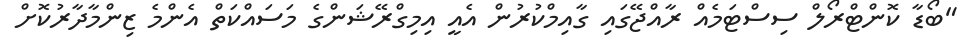
"ބޯޑާ ކޮންޓްރޯލް ސިސްޓަމެއް ރާއްޖޭގައި ގާއިމްކުރުން އެއީ އިމިގްރޭޝަންގެ މަސައްކަތް އެންމެ ޒިންމާދާރުކޮށް